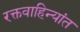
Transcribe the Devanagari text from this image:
रक्तवाहिन्यांत